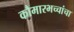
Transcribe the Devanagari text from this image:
कौमारभच्चांचा